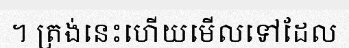
។ ត្រង់នេះហើយមើលទៅដែល